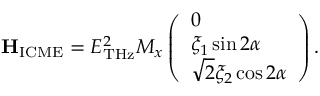
\mathbf { H } _ { \mathrm { I C M E } } = E _ { \mathrm { T H z } } ^ { 2 } M _ { x } \left( \begin{array} { l } { 0 } \\ { \xi _ { 1 } \sin 2 \alpha } \\ { \sqrt { 2 } \xi _ { 2 } \cos 2 \alpha } \end{array} \right) .